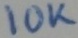
Text: 10K